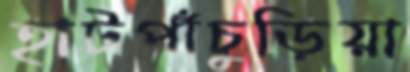
হাটপাঁচুড়িয়া